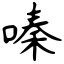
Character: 嗪